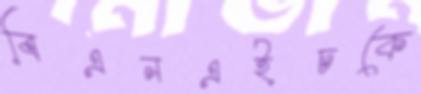
বিএনএইচকে